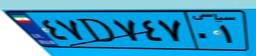
۴۷D۷۴۷۰۱